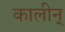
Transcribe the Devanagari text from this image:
कालीन्